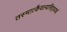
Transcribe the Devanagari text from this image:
तस्मात्कैवल्यसिद्ध्यर्थं